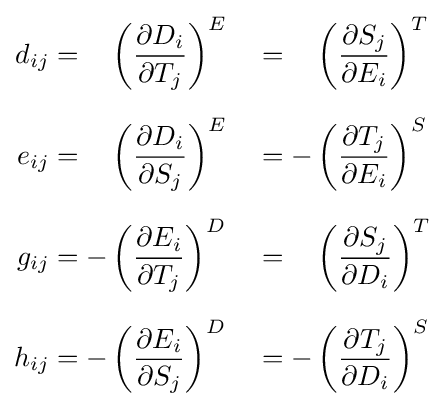
{\begin{aligned}d_{ij}&={\phantom {+}}\left({\frac {\partial D_{i}}{\partial T_{j}}}\right)^{E}&&={\phantom {+}}\left({\frac {\partial S_{j}}{\partial E_{i}}}\right)^{T}\\[6pt]e_{ij}&={\phantom {+}}\left({\frac {\partial D_{i}}{\partial S_{j}}}\right)^{E}&&=-\left({\frac {\partial T_{j}}{\partial E_{i}}}\right)^{S}\\[6pt]g_{ij}&=-\left({\frac {\partial E_{i}}{\partial T_{j}}}\right)^{D}&&={\phantom {+}}\left({\frac {\partial S_{j}}{\partial D_{i}}}\right)^{T}\\[6pt]h_{ij}&=-\left({\frac {\partial E_{i}}{\partial S_{j}}}\right)^{D}&&=-\left({\frac {\partial T_{j}}{\partial D_{i}}}\right)^{S}\end{aligned}}